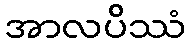
အာလပိဿံ